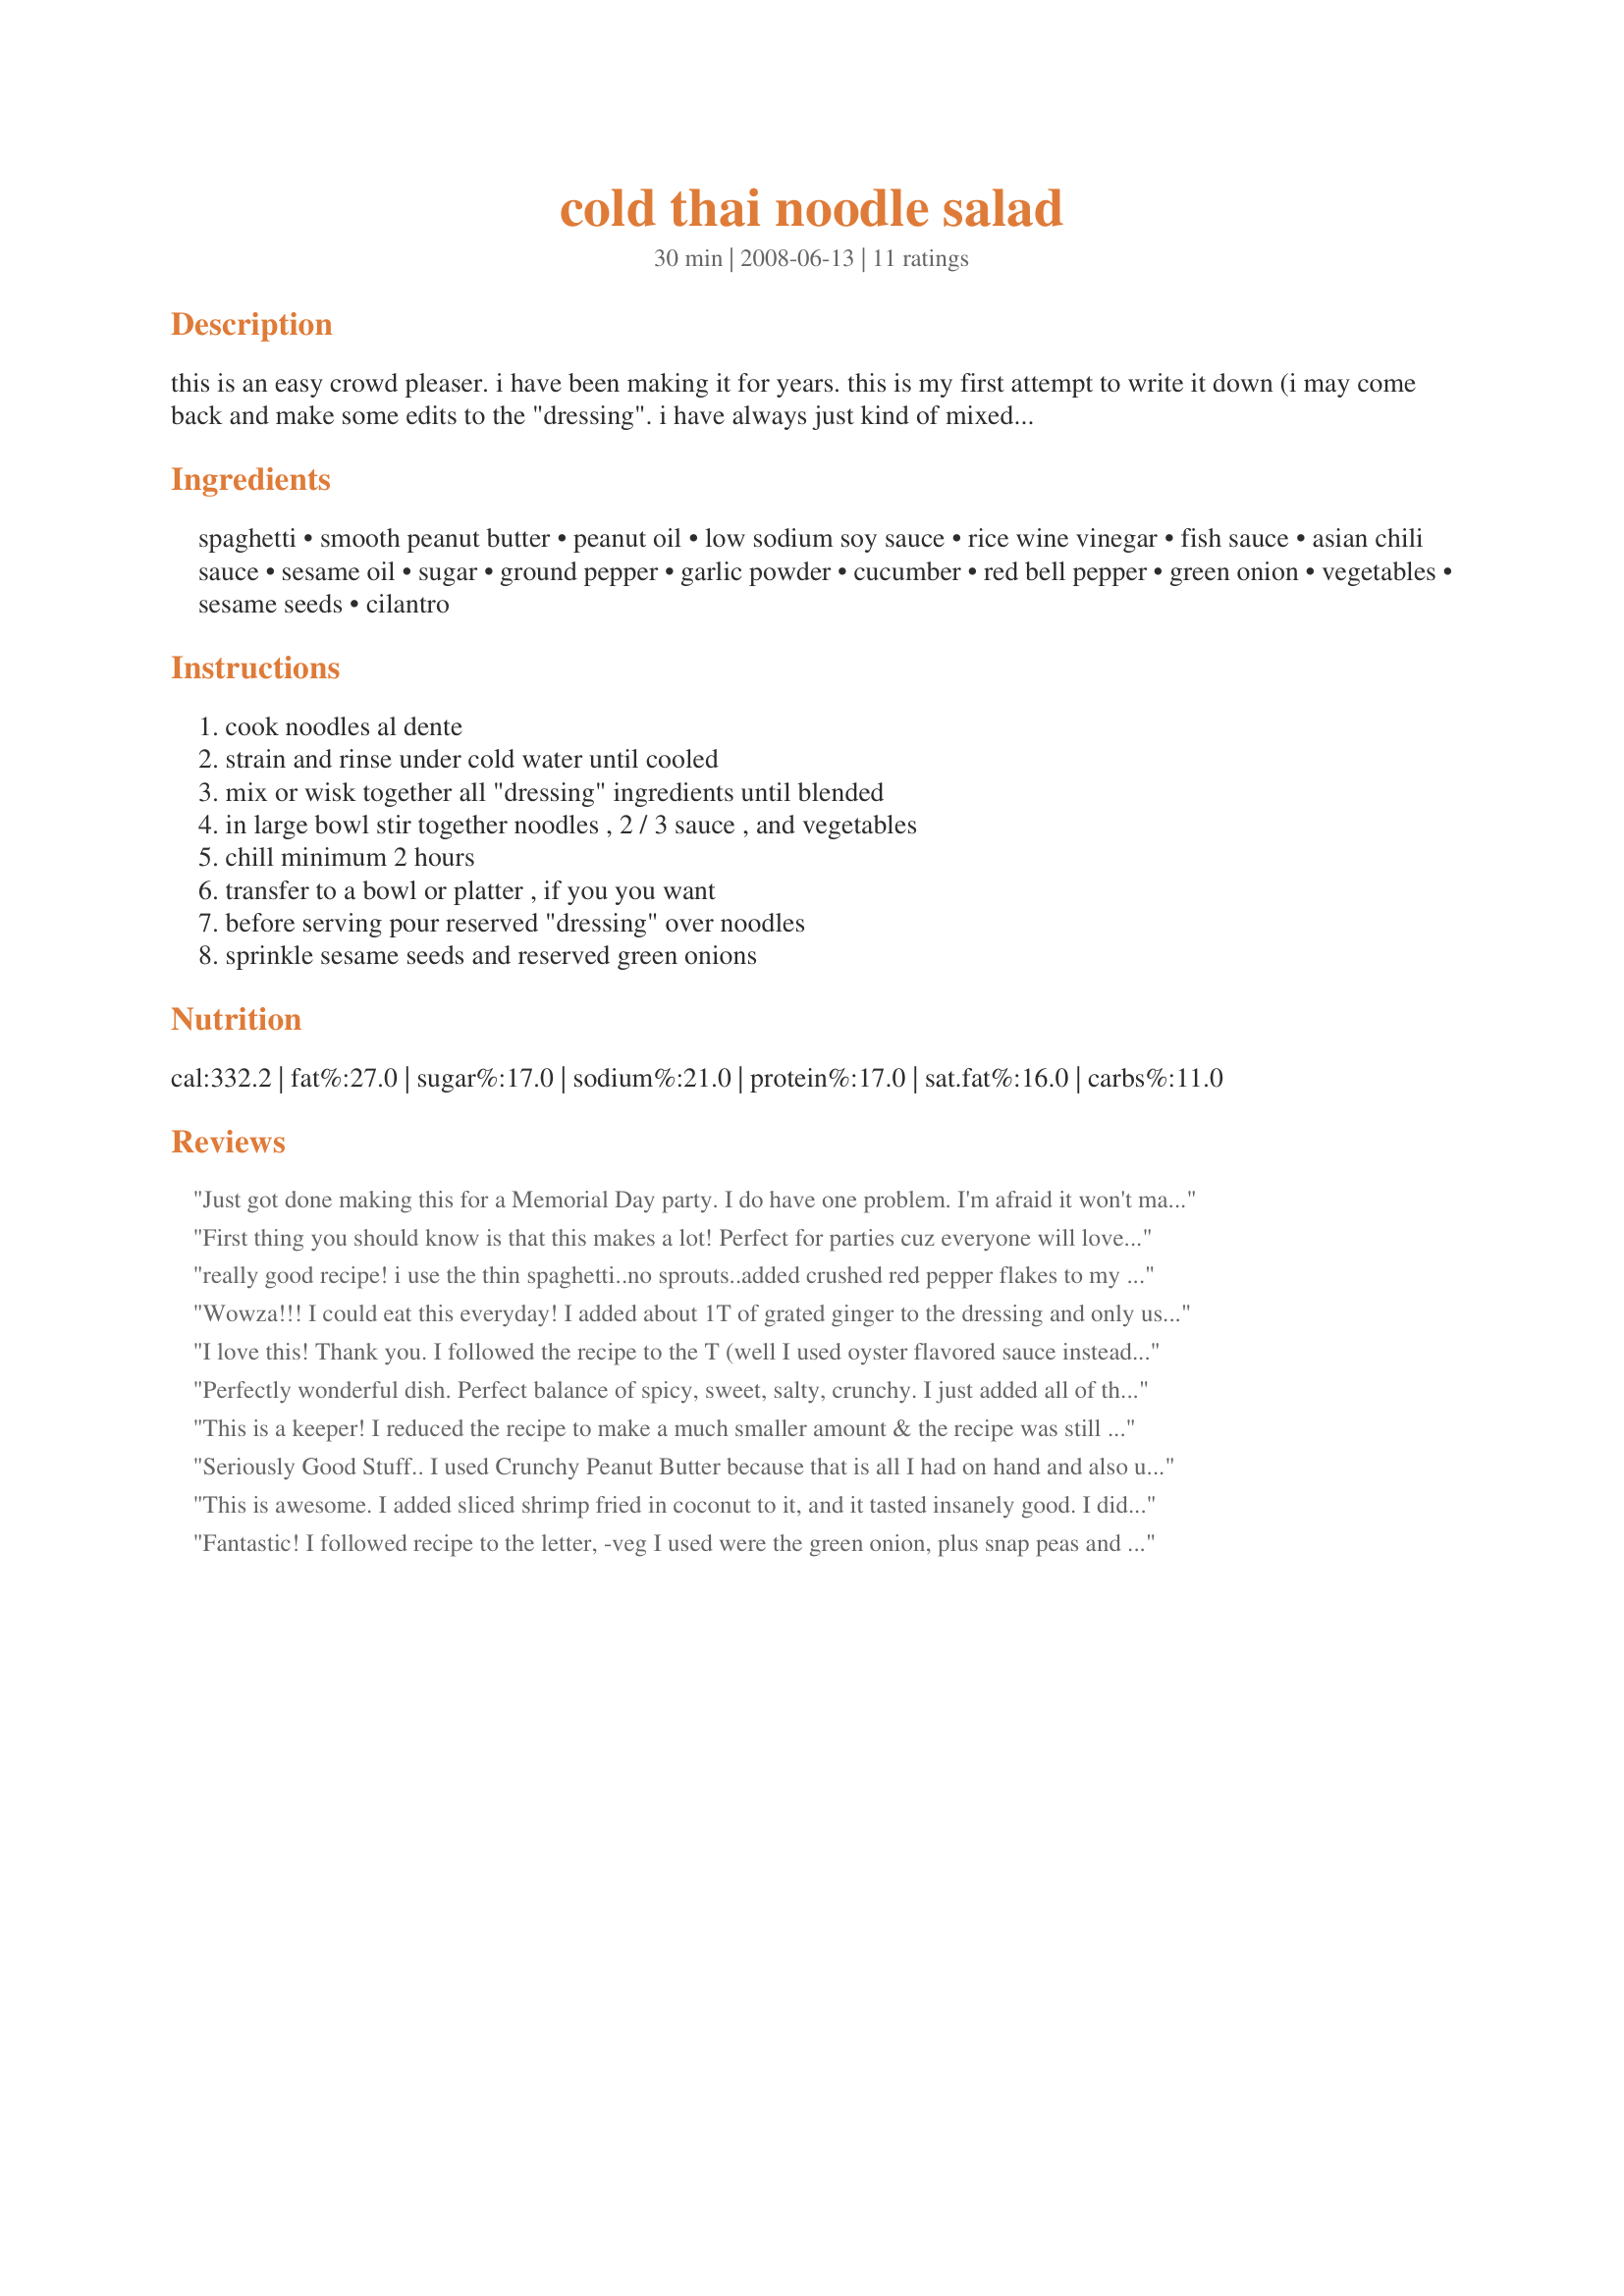
cold thai noodle salad
Preparation time: 30 minutes

this is an easy crowd pleaser. i have been making it for years. this is my first attempt to write it down (i may come back and make some edits to the "dressing". i have always just kind of mixed things together. i have found that using some authentic ingredients does make it stand out. fish sauce and sriracha hot sauce are availabe in the asian section of most supermarket today. white pepper is hit or miss. spice stores and many ethnic grocery stores carry it. the french use it in white sauces so you get the pepper flavor, but you do not the specs.

this is not an exacting recipe. if you want is spicier add more hot sauce. if not, use less. more tart add vinegar, etc. add grilled chicken or cooked shrimp and make it a meal.

prep time is about 30 minutes. it does need to chill 2 hours before serving.

Ingredients:
spaghetti, smooth peanut butter, peanut oil, low sodium soy sauce, rice wine vinegar, fish sauce, asian chili sauce, sesame oil, sugar, ground pepper, garlic powder, cucumber, red bell pepper, green onion, vegetables, sesame seeds, cilantro

Steps:
cook noodles al dente, strain and rinse under cold water until cooled, mix or wisk together all "dressing" ingredients until blended, in large bowl stir together noodles , 2 / 3 sauce , and vegetables, chill minimum 2 hours, transfer to a bowl or platter , if you you want, before serving pour reserved "dressing" over noodles, sprinkle sesame seeds and reserved green onions

Reviews:
Just got done making this for a Memorial Day party. I do have one problem. I'm afraid it won't make it to tomorrow. I've already picked on it a few times & it's not even cold yet. Love this recipe. Thank you for posting.
First thing you should know is that this makes a lot! Perfect for parties cuz everyone will love it. I used whole wheat pasta(accidental purchase) and let pasta chill in fridge for two hours and then finished the sauce and veggies. I didn&#039;t have any fish sauce but I did have some ginger which is sold in a tube in produce section. I added about two tablespoons of the ginger and I used more chili sauce than called for also. Don&#039;t like napa cabbage so I used green cabbage instead. Very good!!!
really good recipe! i use the thin spaghetti..no sprouts..added crushed red pepper flakes to my liking..no fish sauce..just original amount of soy (tamari) sauce..i use a whole bag of the snow peas, chopped..probably more than a cup..its a real crowd pleaser!
Wowza!!! I could eat this everyday! I added about 1T of grated ginger to the dressing and only used 2/3 of the dressing for the finished salad. I also used the beans sprout and toasted the sesame seeds.Oh..and didn't use the fish sauce, I'm not a fan. I LOVED this salad. DH doesn't like peanut sauce on anything and ate two servings. I'll be making this again. Thanks so much for this recipe.
I love this! Thank you. I followed the recipe to the T (well I used oyster flavored sauce instead of fish sauce) except I made super tiny pork and sesame meatballs that I sauted in some butter and sesame oil, cooled them, fridged them overnight and added them when the pasta mixture and the meatballs were chilled. I cannot tell you how awesome it was. Thanks again!
Perfectly wonderful dish. Perfect balance of spicy, sweet, salty, crunchy. I just added all of the dressing at once with great success. I added some grated carrots to this as well and did not add the chef's optional veggies. Note for others, be sure you have a VERY large bowl to toss this together as the ingredients tend to jump right out :)
This is a keeper! I reduced the recipe to make a much smaller amount & the recipe was still spot on. When first made I sampled a few bites & thought the rice vinegar was far too strong, but after chilling as suggested the flavors blended beautifully. Thank you for sharing the recipe. Made for Spring '09 Pick A Chef.
Seriously Good Stuff.. I used Crunchy Peanut Butter because that is all I had on hand and also used Rice vinegar instead of rice wine because that is all I had.. Subbed the fish oil with soy sauce for the GAG factor and used sriracha.. Still came out GREAT and will for sure make this again.. :)
This is awesome. I added sliced shrimp fried in coconut to it, and it tasted insanely good. I didnt add sesame seeds though. I think I had found a similar recipe at http://www.togopls.com sometime ago, and it used ginger garlic mixture.
Fantastic! I followed recipe to the letter, -veg I used were the green onion, plus snap peas and julienned red pepper- other than mixing the dressing (and seasame seeds) and 100% of ingredients all at once, rather than holding any back for serving time. I also used vermicilli noodles (once water comes to boil I cook noodles for exactly 4 minutes for perfect al dente). Highly recommend. Thanks for sharing :)
Great recipe! Followed the recipe exactly with the substituting of the fish sauce for more soy sauce to keep it vegetarian. Brought it to a potluck and it was loved and everyone asked to bring some leftovers home.
